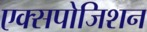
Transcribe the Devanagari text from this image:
एक्सपोजिशन